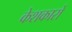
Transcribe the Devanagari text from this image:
केशकारों